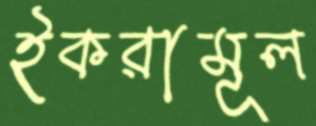
ইকরামূল